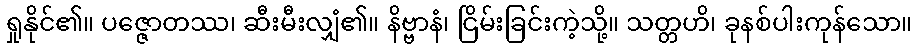
ရှုနိုင်၏။ ပဇ္ဇောတဿ၊ ဆီးမီးလျှံ၏။ နိဗ္ဗာနံ၊ ငြိမ်းခြင်းကဲ့သို့။ သတ္တဟိ၊ ခုနစ်ပါးကုန်သော။